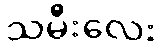
သမီးလေး